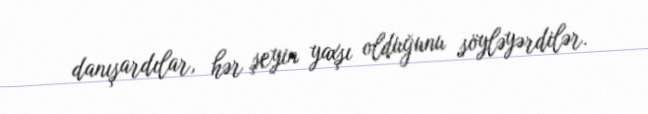
danışardılar, hər şeyin yaxşı olduğunu söyləyərdilər.